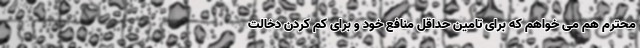
محترم هم می خواهم که برای تامین حداقل منافع خود و برای کم کردن دخالت